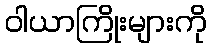
ဝါယာကြိုးများကို